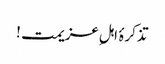
تذکرۂ اہلِ عزیمت !